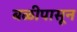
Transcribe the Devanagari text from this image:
बळीपासून